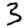
Digit: 3